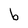
Character: b